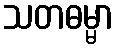
သတဓမ္မာ